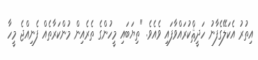
އިތުރު އެކަލޭގެފާނު ހަދީޘްކުރައްވާފައި ވެއެވެ. "ތިޔަބައި މީހުންގެ ތެރެއިން މުންކަރާތެއް ފެނިއްޖެ މީހާ